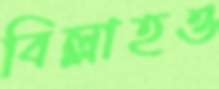
বিল্লাহও